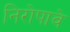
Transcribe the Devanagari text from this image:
निरोपावे